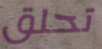
تحلق